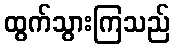
ထွက်သွားကြသည်